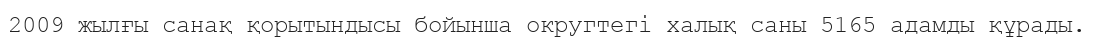
2009 жылғы санақ қорытындысы бойынша округтегі халық саны 5165 адамды құрады.